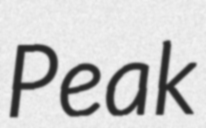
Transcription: Peak